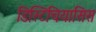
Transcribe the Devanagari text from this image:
डिस्टिचियासिस